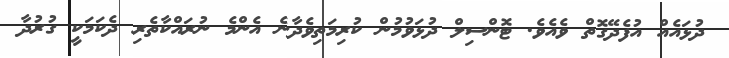
ދުޅައެއް އުފެދޭގޮތް ވެއެވެ. ޓޮންސިލް ދުޅަވުމުން ކުރިމަތިވެދާނެ އެންމެ ނުރައްކާތެރި ދެކަމަކީ ގުރުދާ